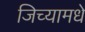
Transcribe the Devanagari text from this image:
जिच्यामधे